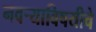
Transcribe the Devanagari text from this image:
नवर्‍याविषयीचे